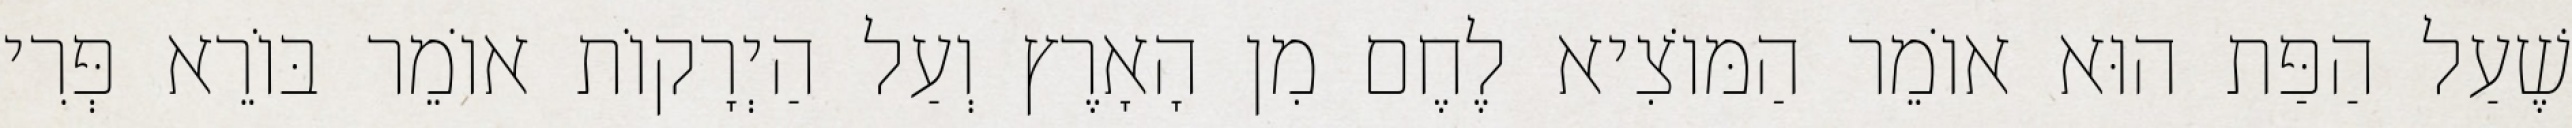
שֶׁעַל הַפַּת הוּא אוֹמֵר הַמּוֹצִיא לֶחֶם מִן הָאָרֶץ וְעַל הַיְרָקוֹת אוֹמֵר בּוֹרֵא פְּרִי